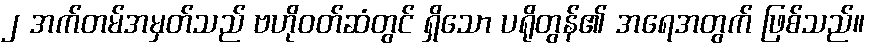
၂ အက်တမ်အမှတ်သည် ဗဟိုဝတ်ဆံတွင် ရှိသော ပရိုတွန်၏ အရေအတွက် ဖြစ်သည်။